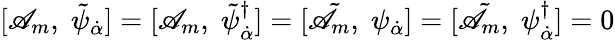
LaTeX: [\mathscr{A}_{m},\; \tilde{{\psi}}_{\dot{{\alpha}}}]=[\mathscr{A}_{m},\; \tilde{{\psi}}_{\dot{{\alpha}}}^{\dagger}]=[\tilde{{\mathscr{A}}}_{m},\; \psi_{\dot{{\alpha}}}]=[\tilde{{\mathscr{A}}}_{m},\; \psi_{\dot{{\alpha}}}^{\dagger}]=0